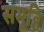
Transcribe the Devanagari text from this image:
समूहि